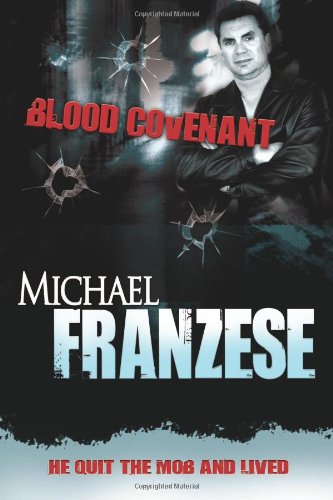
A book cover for Blood Covenant; Michael Franzese; Biographies & Memoirs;